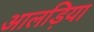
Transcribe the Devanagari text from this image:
आलड़िया